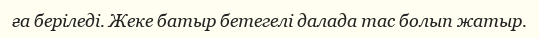
ға беріледі. Жеке батыр бетегелі далада тас болып жатыр.